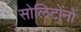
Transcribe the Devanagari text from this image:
सोलिटोंनों